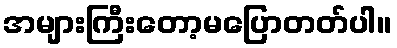
အများကြီးတော့မပြောတတ်ပါ။